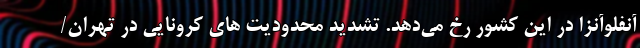
آنفلوآنزا در این کشور رخ می‌دهد. تشدید محدودیت های کرونایی در تهران/